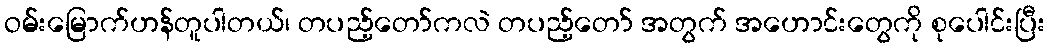
ဝမ်းမြောက်ဟန်တူပါတယ်၊ တပည့်တော်ကလဲ တပည့်တော် အတွက် အဟောင်းတွေကို စုပေါင်းပြီး